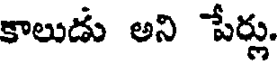
కాలుడు అని పేర్లు.